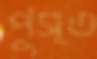
পুস্ত